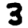
Digit: 3